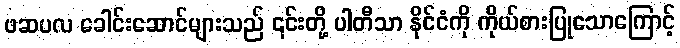
ဖဆပလ ခေါင်းဆောင်များသည် ၎င်းတို့ ပါတီသာ နိုင်ငံကို ကိုယ်စားပြုသောကြောင့်